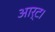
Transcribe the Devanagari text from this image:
आर्ट।